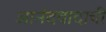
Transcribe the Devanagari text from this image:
आनंदवादाची